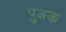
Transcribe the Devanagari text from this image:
पुअक